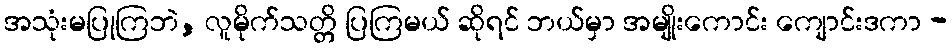
အသုံးမပြုကြဘဲ, လူမိုက်သတ္တိ ပြကြမယ် ဆိုရင် ဘယ်မှာ အမျိုးကောင်း ကျောင်းဒကာ -